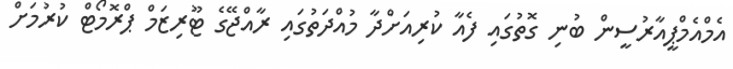
އެމްއެމްޕީއާރުސީން ބުނި ގޮތުގައި ފެއާ ކުރިއަށްދާ މުއްދަތުގައި ރާއްޖޭގެ ޓޫރިޒަމް ޕްރޮމޯޓް ކުރުމަށް